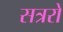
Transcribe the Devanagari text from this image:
सत्ररों